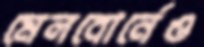
মেলবোর্নেও